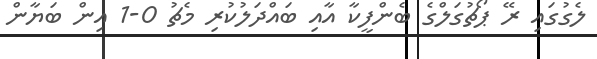
ލެގުގައި ރޭ ޕޯޗުގަލްގެ ބެންފީކާ އާއި ބައްދަލުކުރި މެޗު 0-1 އިން ބަޔާން